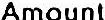
AMOUNT